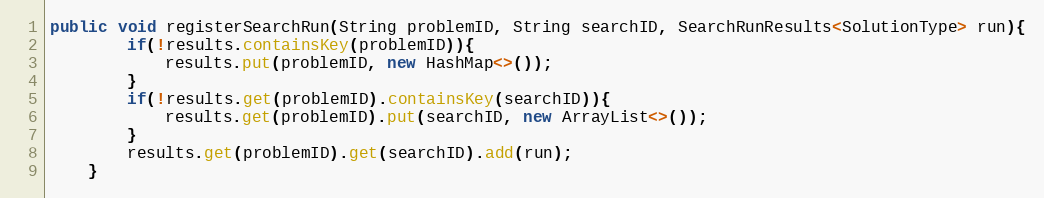
Language: Java
public void registerSearchRun(String problemID, String searchID, SearchRunResults<SolutionType> run){
        if(!results.containsKey(problemID)){
            results.put(problemID, new HashMap<>());
        }
        if(!results.get(problemID).containsKey(searchID)){
            results.get(problemID).put(searchID, new ArrayList<>());
        }
        results.get(problemID).get(searchID).add(run);
    }